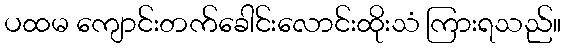
ပထမ ကျောင်းတက်ခေါင်းလောင်းထိုးသံ ကြားရသည်။